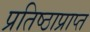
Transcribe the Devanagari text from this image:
प्रतिष्ठाप्राप्त